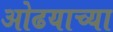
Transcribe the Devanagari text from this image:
ओढयाच्या